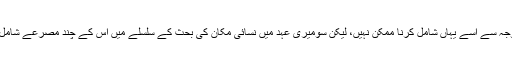
نظم کی طوالت کی وجہ سے اسے یہاں شامل کرنا ممکن نہیں، لیکن سُومیری عہد میں نِسائی مکان کی بحث کے سلسلے میں اس کے چند مصرعے شامل کیے جا سکتے ہیں۔